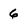
Character: 6